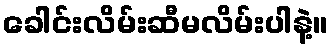
ခေါင်းလိမ်းဆီမလိမ်းပါနဲ့။